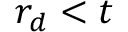
r _ { d } < t